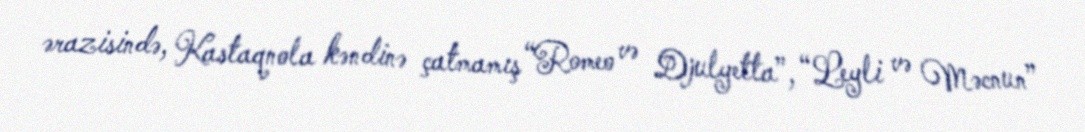
ərazisində, Kastaqnola kəndinə çatmamış “Romeo və Djulyetta”, “Leyli və Məcnun”